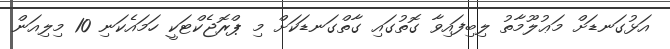
އަޅުގަނޑަށް މަޢުލޫމާތު ލިބިފައިވާ ގޮތުގައި ގާތްގަނޑަކަށް މި ޕްރޮޖެކްޓަކީ ހަމައެކަނި 10 މިލިއަން